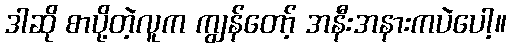
ဒါဆို စာပို့တဲ့လူက ကျွန်တော့် အနီးအနားကပဲပေါ့။